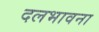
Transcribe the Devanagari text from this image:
दलभावना